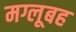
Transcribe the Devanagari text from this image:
मग्लूबह